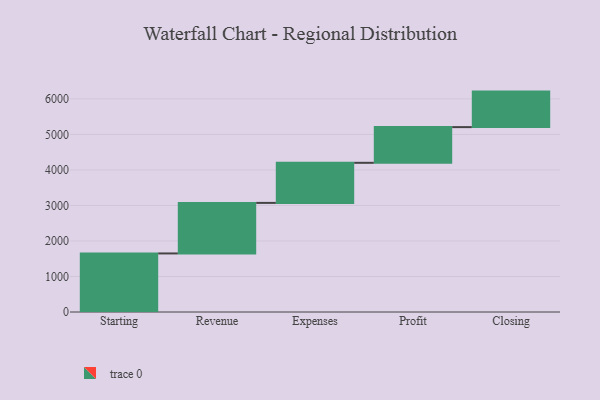
{"axis": {"x": "Step", "y": "Value"}, "legend": [""], "data": [{"x": "Starting", "y": 1649.0, "type": ""}, {"x": "Revenue", "y": 1423.0, "type": ""}, {"x": "Expenses", "y": 1129.0, "type": ""}, {"x": "Profit", "y": 1005.0, "type": ""}, {"x": "Closing", "y": 1000, "type": ""}]}